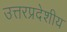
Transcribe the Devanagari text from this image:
उत्तरप्रदेशीय